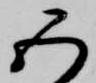
五